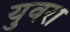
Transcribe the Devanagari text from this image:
युवरा